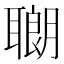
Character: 𫆍